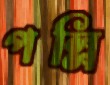
পল্লি